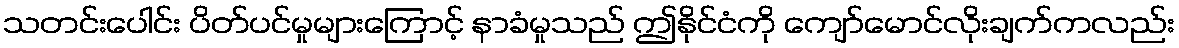
သတင်းပေါင်း ပိတ်ပင်မှုများကြောင့် နာခံမှုသည် ဤနိုင်ငံကို ကျော်မောင်လိုးချက်ကလည်း